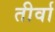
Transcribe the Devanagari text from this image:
तीर्वा